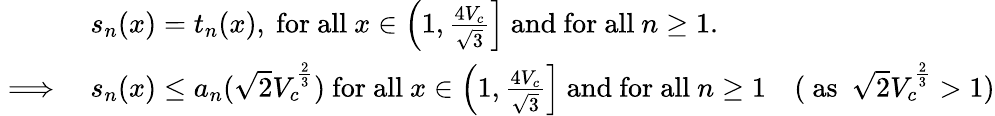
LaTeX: \begin{array}{rlr}&{s_{n}(x)=t_{n}(x),~\mathrm{for~all}~x\in\left(1,\frac{4V_{c}}{\sqrt{3}}\right]~\mathrm{and~for~all}~n\geq 1.}\\ {\implies}&{s_{n}(x)\leq a_{n}(\sqrt{2}V_{c}^{\frac{2}{3}})~\mathrm{for~all}~x\in\left(1,\frac{4V_{c}}{\sqrt{3}}\right]~\mathrm{and~for~all}~n\geq 1}&{(\mathrm{~as~}~\sqrt{2}V_{c}^{\frac{2}{3}}>1)}\end{array}